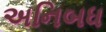
અનિબધ